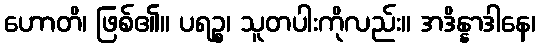
ဟောတိ၊ ဖြစ်၏။ ပရဉ္စ၊ သူတပါးကိုလည်း။ အဒိန္နာဒါနေ၊